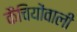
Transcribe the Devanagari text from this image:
कैंचियोंवाली